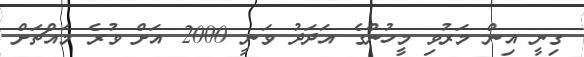
ގިނީ އިން މަރުވި މީހުންގެ އަދަދު ވަނީ 2000 އަށް ވުރެ މައްޗަށް